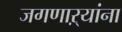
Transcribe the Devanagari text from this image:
जगणाऱ्यांना